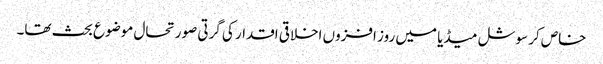
خاص کر سوشل میڈیا میں روز افزوں اخلاقی اقدار کی گرتی صورتحال موضوع بحث تھا۔